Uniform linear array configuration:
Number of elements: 8
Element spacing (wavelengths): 0.75
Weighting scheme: uniform
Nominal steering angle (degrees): -45
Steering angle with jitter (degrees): -43.867
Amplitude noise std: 0.05
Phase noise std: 0.05

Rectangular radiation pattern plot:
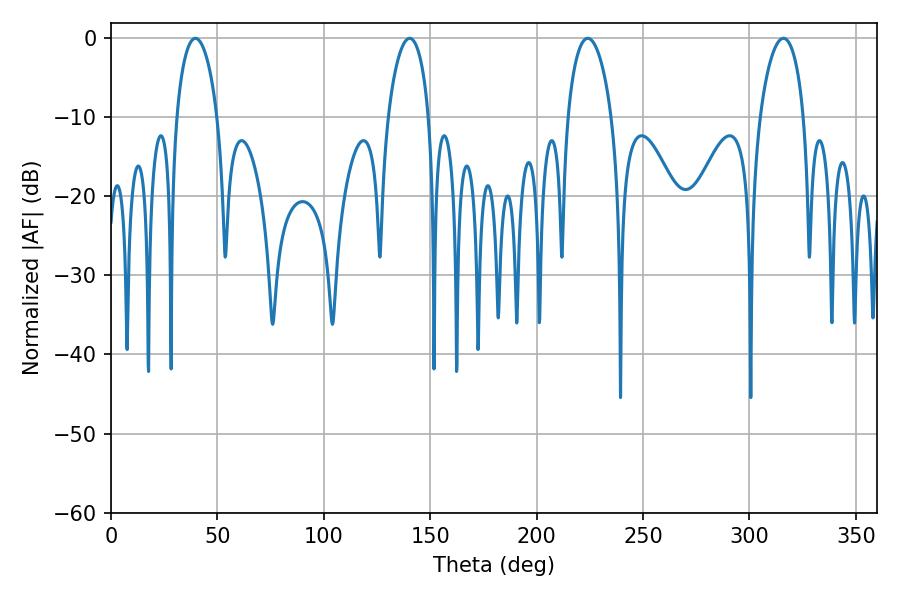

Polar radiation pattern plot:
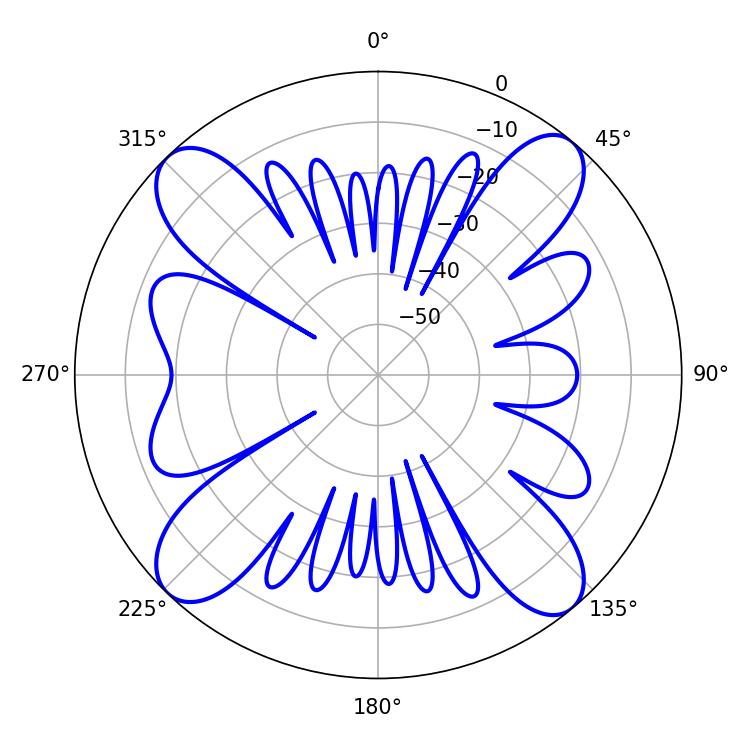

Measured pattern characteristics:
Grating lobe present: TRUE
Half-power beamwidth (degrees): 10.98
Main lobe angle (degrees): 39.6